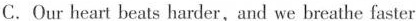
C.Our heart beats harder,and we breathe faster